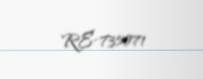
RE-735071